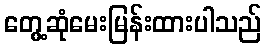
တွေ့ဆုံမေးမြန်းထားပါသည်